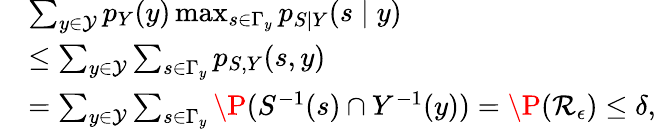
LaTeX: \begin{array}{rl}&{\sum_{y\in\mathcal{Y}}p_{Y}(y)\operatorname*{max}_{s\in\Gamma_{y}}p_{S\mid Y}(s\mid y)}\\ &{\leq\sum_{y\in\mathcal{Y}}\sum_{s\in\Gamma_{y}}p_{S,Y}(s,y)}\\ &{=\sum_{y\in\mathcal{Y}}\sum_{s\in\Gamma_{y}}\P(S^{-1}(s)\cap Y^{-1}(y))=\P(\mathcal{R}_{\epsilon})\leq\delta,}\end{array}